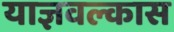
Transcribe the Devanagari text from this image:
याज्ञवल्कास